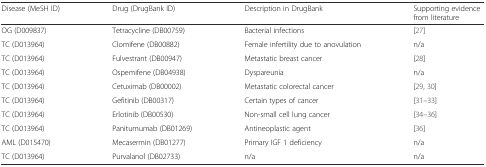
<table><thead><tr><td><b>Disease (MeSH ID)</b></td><td><b>Drug (DrugBank ID)</b></td><td><b>Description in DrugBank</b></td><td><b>Supporting evidence from literature</b></td></tr></thead><tbody><tr><td>OG (D009837)</td><td>Tetracycline (DB00759)</td><td>Bacterial infections</td><td>[27]</td></tr><tr><td>TC (D013964)</td><td>Clomifene (DB00882)</td><td>Female infertility due to anovulation</td><td>n/a</td></tr><tr><td>TC (D013964)</td><td>Fulvestrant (DB00947)</td><td>Metastatic breast cancer</td><td>[28]</td></tr><tr><td>TC (D013964)</td><td>Ospemifene (DB04938)</td><td>Dyspareunia</td><td>n/a</td></tr><tr><td>TC (D013964)</td><td>Cetuximab (DB00002)</td><td>Metastatic colorectal cancer</td><td>[29, 30]</td></tr><tr><td>TC (D013964)</td><td>Gefitinib (DB00317)</td><td>Certain types of cancer</td><td>[31–33]</td></tr><tr><td>TC (D013964)</td><td>Erlotinib (DB00530)</td><td>Non-small cell lung cancer</td><td>[34–36]</td></tr><tr><td>TC (D013964)</td><td>Panitumumab (DB01269)</td><td>Antineoplastic agent</td><td>[36]</td></tr><tr><td>AML (D015470)</td><td>Mecasermin (DB01277)</td><td>Primary IGF 1 deficiency</td><td>n/a</td></tr><tr><td>TC (D013964)</td><td>Purvalanol (DB02733)</td><td>n/a</td><td>n/a</td></tr></tbody></table>